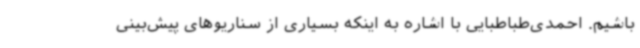
باشیم. احمدی‌طباطبایی با اشاره به اینکه بسیاری از سناریوهای پیش‌بینی